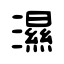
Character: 濕